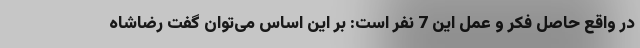
در واقع حاصل فکر و عمل این 7 نفر است: بر این اساس می‌توان گفت رضاشاه